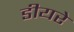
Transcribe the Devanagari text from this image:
डीयरे